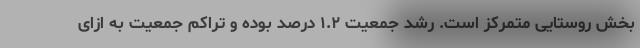
بخش روستایی متمرکز است. رشد جمعیت ۱.۲ درصد بوده و تراکم جمعیت به ازای